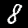
Label: 8